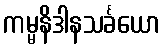
ကမ္မနိဒါနသင်္ခယော